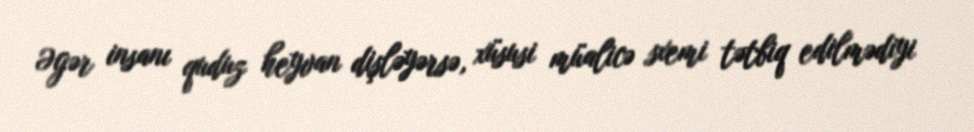
Əgər insanı quduz heyvan dişləyərsə, xüsusi müalicə sxemi tətbiq edilmədiyi